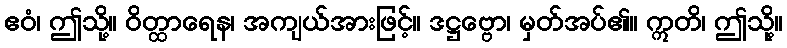
ဧဝံ၊ ဤသို့။ ဝိတ္ထာရေန၊ အကျယ်အားဖြင့်။ ဒဋ္ဌဗ္ဗော၊ မှတ်အပ်၏။ ဣတိ၊ ဤသို့။